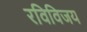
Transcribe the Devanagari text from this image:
रविविजय